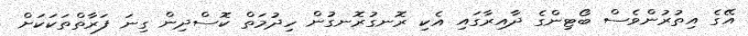
އޭގެ އިތުރުންވެސް ބޯޓިންގެ ދާއިރާގައި އެކި ރޮނގުރޮނގުން ހިދުމަތް ކޮސްދިން ގިނަ ފަރާތްތަކަކަށް